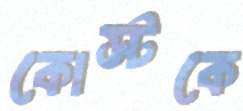
কোস্টকে